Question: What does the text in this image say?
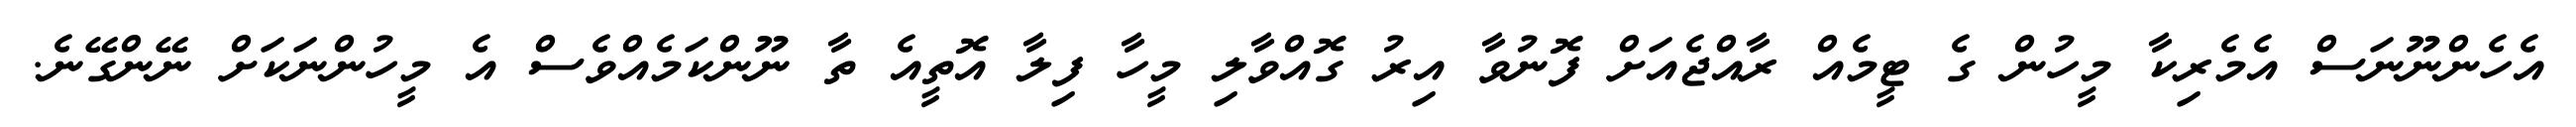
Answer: އެހެންނޫނަސް އެމެރިކާ މީހުން ގެ ޓީމެއް ރާއްޖެއަށް ފޮނުވާ އިރު ގޮއްވާލި މީހާ ފިލާ އޮތީއެ ތާ ނޫންކަމެއްވެސް އެ މީހުންނަކަށް ނޭންގޭނެ.